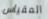
المقياس